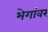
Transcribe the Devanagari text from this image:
भेगांवर